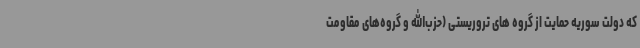
که دولت سوریه حمایت از گروه های تروریستی (حزب‌الله و گروه‌های مقاومت